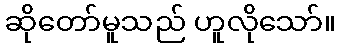
ဆိုတော်မူသည် ဟူလိုသော်။